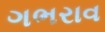
ગભરાવ